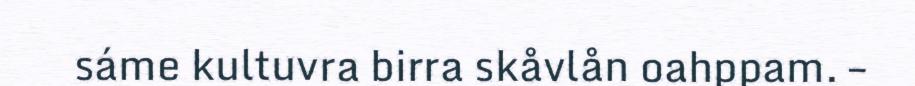
sáme kultuvra birra skåvlån oahppam. –